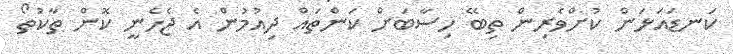
ކަނޑައަޅަން ކުށްވެރިން ތިބޭ ހިސާބަށް ކަންތައް ދިއުމުން އެ ޖެހެނީ ކޮން ތާކުތޯ